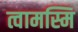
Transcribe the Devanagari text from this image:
त्वामस्मि